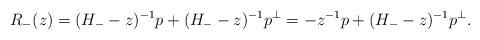
LaTeX: \begin{align*}R_-(z)=(H_--z)^{-1} p+(H_--z)^{-1}p^\bot=-z^{-1}p +(H_--z)^{-1}p^\bot.\end{align*}